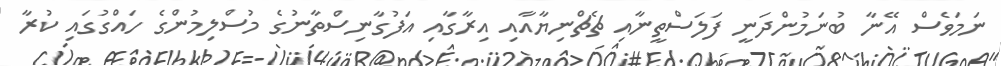
ނަމަވެސް އޭނާ ބުނަމުންދަނީ ފަލަސްތީނާއި ޗެޗްނިޔާއާއި އިރާގާއި އަފުގާނިސްތާނުގެ މުސްލިމުންގެ ހައްގުގައި ކުރާ